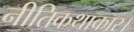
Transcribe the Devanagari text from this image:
नीतिकथाकार।